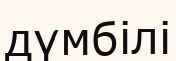
дүмбілі